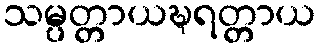
သမ္ပတ္တာယဍ္ဎရတ္တာယ